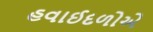
હવાઈદળોએ